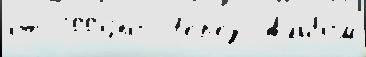
от 2009по Че́р'ез Альбо́м